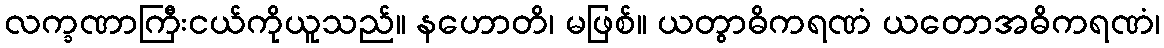
လက္ခဏာကြီးငယ်ကိုယူသည်။ နဟောတိ၊ မဖြစ်။ ယတွာဓိကရဏံ ယတောအဓိကရဏံ၊